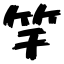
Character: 竿